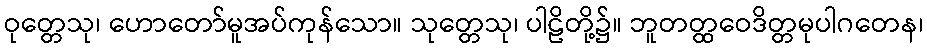
ဝုတ္တေသု၊ ဟောတော်မူအပ်ကုန်သော။ သုတ္တေသု၊ ပါဠိတို့၌။ ဘူတတ္ထဝေဒိတ္တမုပါဂတေန၊